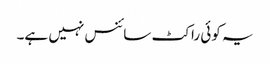
یہ کوئی راکٹ سائنس نہیں ہے۔